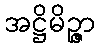
အဋ္ဌိမိဉ္ဇာ